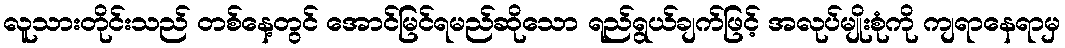
လူသားတိုင်းသည် တစ်နေ့တွင် အောင်မြင်ရမည်ဆိုသော ရည်ရွယ်ချက်ဖြင့် အလုပ်မျိုးစုံကို ကျရာနေရာမှ